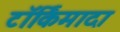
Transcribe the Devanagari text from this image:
टॉर्किमादा